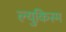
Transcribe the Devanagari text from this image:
ल्युकिस्म